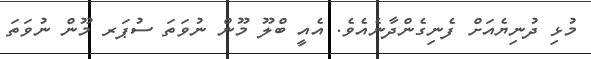
މުޅި ދުނިޔެއަށް ފެނިގެންދާނެއެވެ. އެއީ ބްލޫ މޫން ނުވަތަ ސުޕަރ މޫން ނުވަތަ